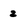
Character: 2